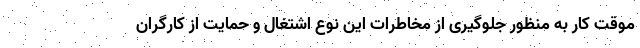
موقت کار به منظور جلوگیری از مخاطرات این نوع اشتغال و حمایت از کارگران